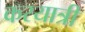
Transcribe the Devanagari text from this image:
करयात्री